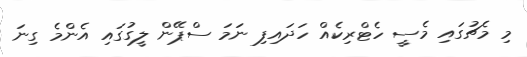
މި މެޗުގައި މެސީ ހެޓްރިކެއް ހަދައިފި ނަމަ ސްޕޭން ލީގުގައި އެންމެ ގިނަ